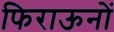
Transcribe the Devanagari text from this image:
फिराऊनों